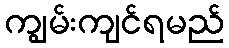
ကျွမ်းကျင်ရမည်